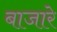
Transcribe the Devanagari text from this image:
बाजारे